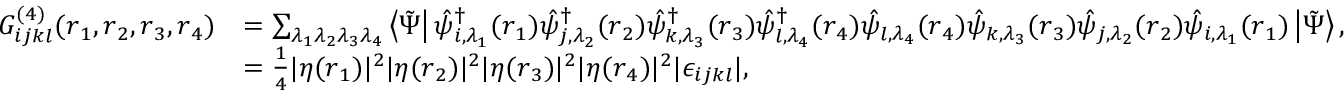
\begin{array} { r l } { G _ { i j k l } ^ { ( 4 ) } ( \boldsymbol { r } _ { 1 } , \boldsymbol { r } _ { 2 } , \boldsymbol { r } _ { 3 } , \boldsymbol { r } _ { 4 } ) } & { = \sum _ { \lambda _ { 1 } \lambda _ { 2 } \lambda _ { 3 } \lambda _ { 4 } } \left\langle \tilde { \Psi } \right| \hat { \psi } _ { i , \lambda _ { 1 } } ^ { \dagger } ( \boldsymbol { r } _ { 1 } ) \hat { \psi } _ { j , \lambda _ { 2 } } ^ { \dagger } ( \boldsymbol { r } _ { 2 } ) \hat { \psi } _ { k , \lambda _ { 3 } } ^ { \dagger } ( \boldsymbol { r } _ { 3 } ) \hat { \psi } _ { l , \lambda _ { 4 } } ^ { \dagger } ( \boldsymbol { r } _ { 4 } ) \hat { \psi } _ { l , \lambda _ { 4 } } ( \boldsymbol { r } _ { 4 } ) \hat { \psi } _ { k , \lambda _ { 3 } } ( \boldsymbol { r } _ { 3 } ) \hat { \psi } _ { j , \lambda _ { 2 } } ( \boldsymbol { r } _ { 2 } ) \hat { \psi } _ { i , \lambda _ { 1 } } ( \boldsymbol { r } _ { 1 } ) \left| \tilde { \Psi } \right\rangle , } \\ & { = \frac { 1 } { 4 } | \eta ( \boldsymbol { r } _ { 1 } ) | ^ { 2 } | \eta ( \boldsymbol { r } _ { 2 } ) | ^ { 2 } | \eta ( \boldsymbol { r } _ { 3 } ) | ^ { 2 } | \eta ( \boldsymbol { r } _ { 4 } ) | ^ { 2 } | \epsilon _ { i j k l } | , } \end{array}